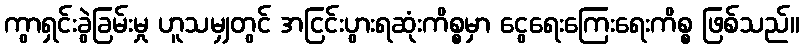
ကွာရှင်းခွဲခြမ်းမှု ဟူသမျှတွင် အငြင်းပွားရဆုံးကိစ္စမှာ ငွေရေးကြေးရေးကိစ္စ ဖြစ်သည်။